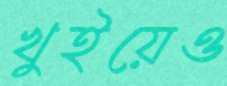
খুইয়েও